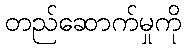
တည်ဆောက်မှုကို